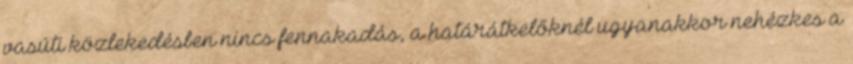
vasúti közlekedésben nincs fennakadás, a határátkelőknél ugyanakkor nehézkes a